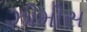
ઝીમીસ